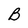
Character: B